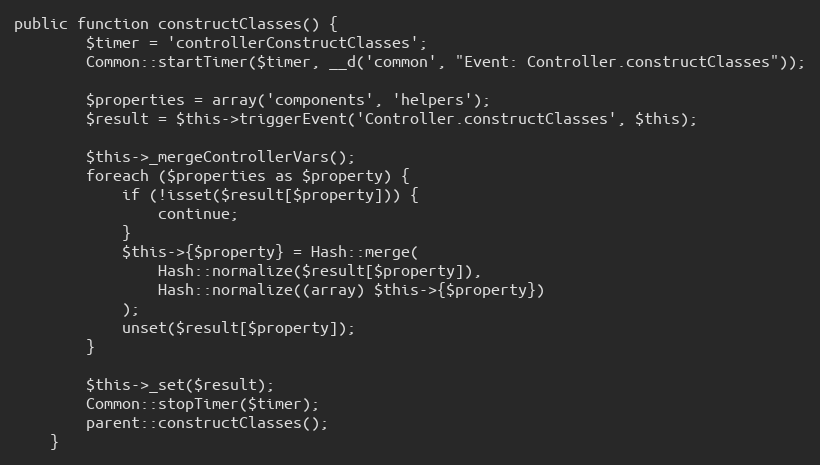
Language: PHP
public function constructClasses() {
		$timer = 'controllerConstructClasses';
		Common::startTimer($timer, __d('common', "Event: Controller.constructClasses"));

		$properties = array('components', 'helpers');
		$result = $this->triggerEvent('Controller.constructClasses', $this);

		$this->_mergeControllerVars();
		foreach ($properties as $property) {
			if (!isset($result[$property])) {
				continue;
			}
			$this->{$property} = Hash::merge(
				Hash::normalize($result[$property]),
				Hash::normalize((array) $this->{$property})
			);
			unset($result[$property]);
		}

		$this->_set($result);
		Common::stopTimer($timer);
		parent::constructClasses();
	}